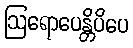
ဩရောပေန္တိပိပေ